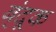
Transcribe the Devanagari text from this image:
ब्ंदूक